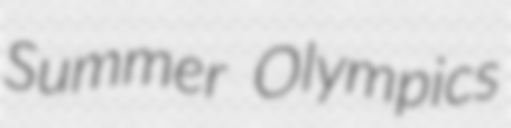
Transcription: Summer Olympics